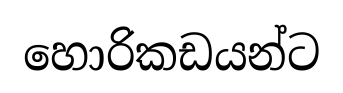
හොරිකඩයන්ට